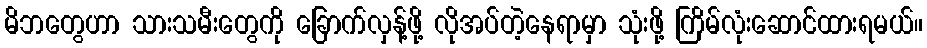
မိဘတွေဟာ သားသမီးတွေကို ခြောက်လှန့်ဖို့ လိုအပ်တဲ့နေရာမှာ သုံးဖို့ ကြိမ်လုံးဆောင်ထားရမယ်။